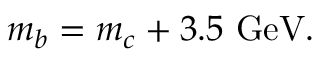
m _ { b } = m _ { c } + 3 . 5 ~ \mathrm { G e V } .